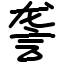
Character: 詟